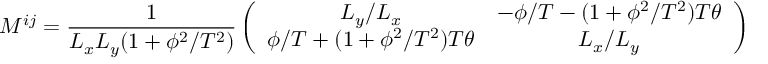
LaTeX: M ^ { i j } = \frac { 1 } { L _ { x } L _ { y } ( 1 + \phi ^ { 2 } / T ^ { 2 } ) } \left( \begin{array} { c c } { { L _ { y } / L _ { x } } } & { { - \phi / T - ( 1 + \phi ^ { 2 } / T ^ { 2 } ) T \theta } } \\ { { \phi / T + ( 1 + \phi ^ { 2 } / T ^ { 2 } ) T \theta } } & { { L _ { x } / L _ { y } } } \end{array} \right) .